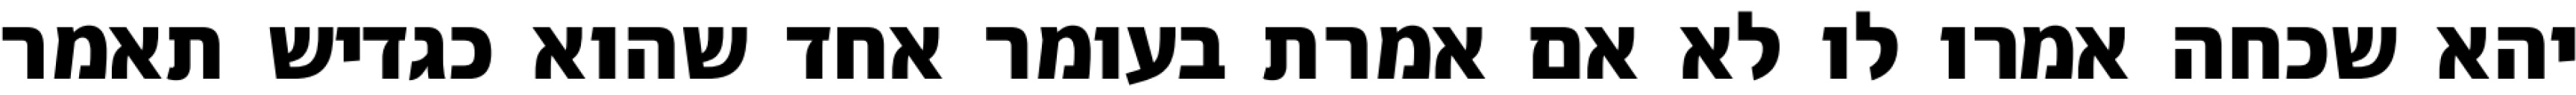
יהא שכחה אמרו לו לא אם אמרת בעומר אחד שהוא כגדיש תאמר